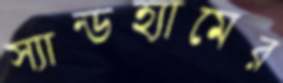
স্যান্ডহ্যামের